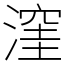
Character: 漥